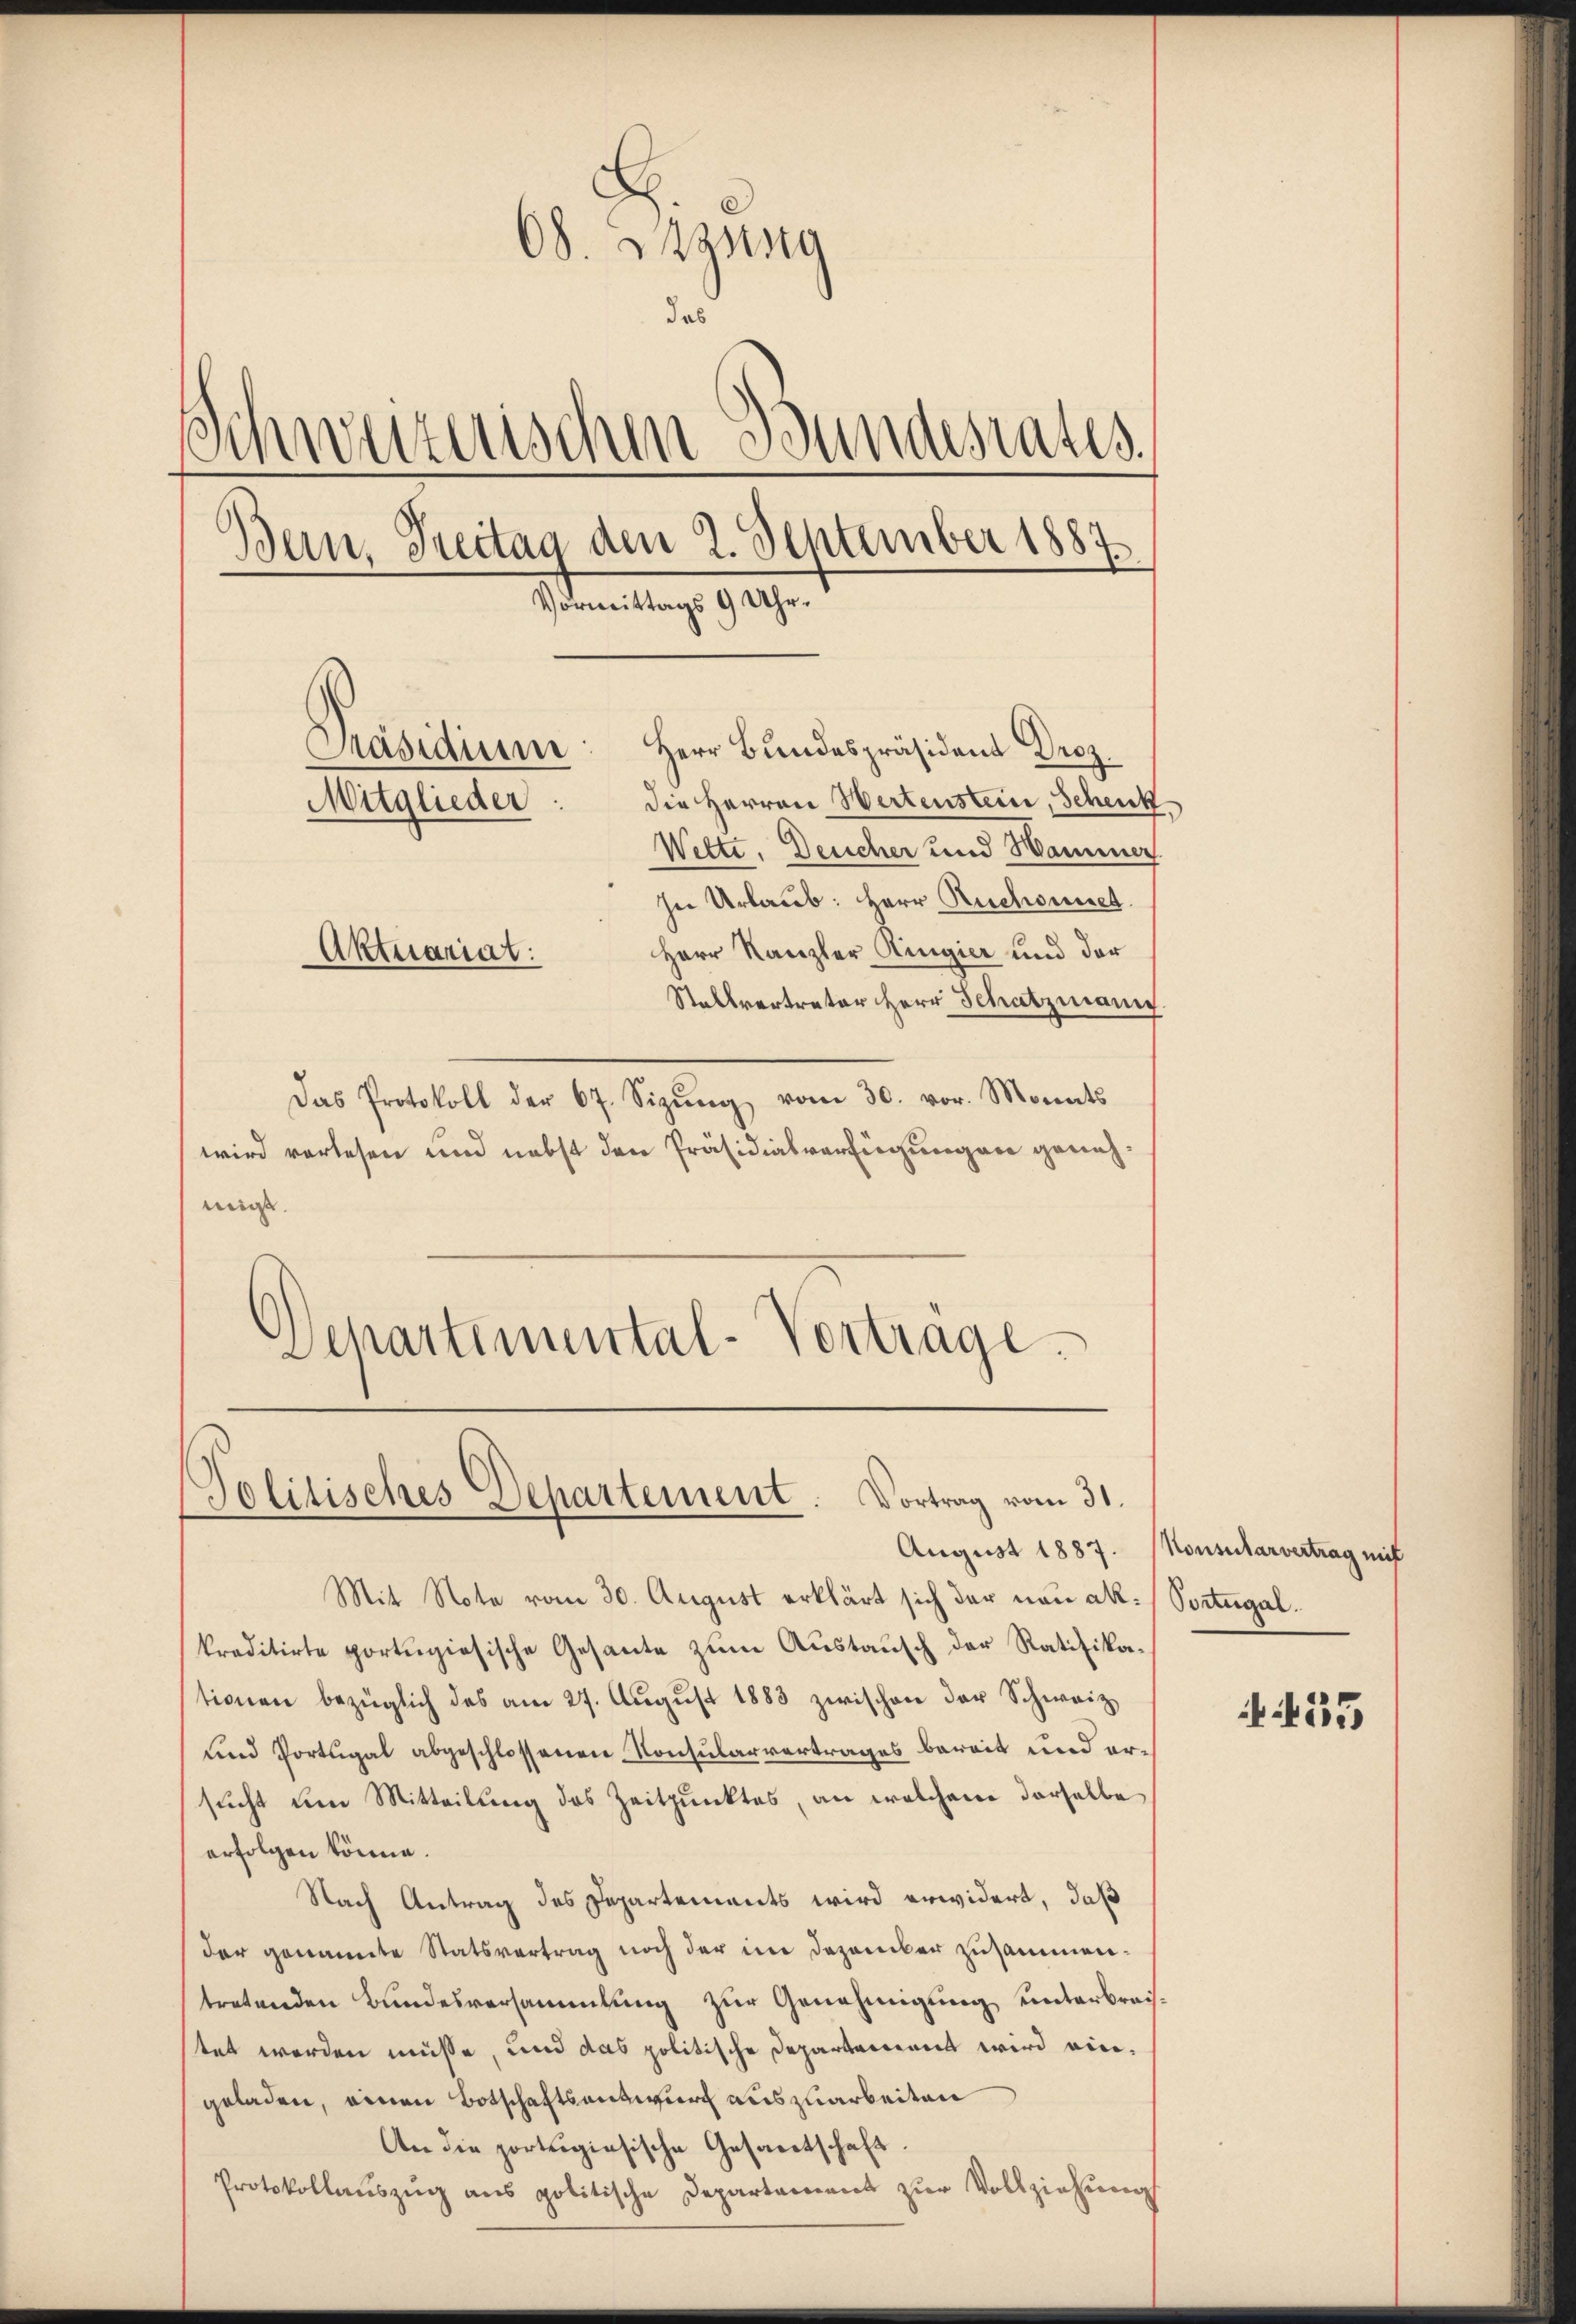
E
08. Szung
das
Schweizerischen Bundesrates
Bern, Freitag den 2. September 1887.
—
Vormittags 9 Uhr.
Präsidium: Herr Bŭndespräsident Droz.
die Herren Wertenstein, Schenk
Mitglieder:
Wette. Deucher und Hammer
In Urlaub: Herr Ruchonet
Herr Kanzler Ringier und der
Aktuariat
Stallvertreter Herr Schatzmann.

Das Protokoll der 67. Sizŭng vom 30. vor. Monats
wird vorlesen und nebst den Präsidialverfügungen genehmi.
Schartemental-Vortrage.

Jolitisches Separtement. Vortrag vom 31.
August 1887. Konsularvertrag mit

Mit Note vom 30. August erklärt sich der neu ak. / Portugal.
kreditirte portugisische Gesante zŭm Aŭstaŭsch der Ratifikationen bezüglich des am 27. August 1883 zwischen der Schweiz
und Portugal abgeschlossenen Konsularvertrages bereit und ersucht um Mitteilung des Zeitpunktes, an welchem derselbe
erfolgen könne.
Nach Antrag des Departements wird erwidert, daß
der genannte Statsvertrag noch der im Dezember zusammentretenden Bundesversammlung zur Genehmigung unterbrachtet werden müsse, und das politische Departement wird eingeladen, einen Botschaftsentwurf auszuarbeiten
An die porteigiesische Gesantschaft.
Protokollauszug aus politische Departament zur Vollziehung

35